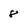
Character: 8